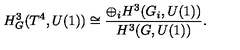
H _ { G } ^ { 3 } ( T ^ { 4 } , U ( 1 ) ) \cong \frac { \oplus _ { i } H ^ { 3 } ( G _ { i } , U ( 1 ) ) } { H ^ { 3 } ( G , U ( 1 ) ) } .